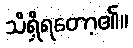
သိရှိရတော့၏။